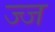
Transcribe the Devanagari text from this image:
ज्ज